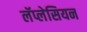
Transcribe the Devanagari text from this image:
लॅप्लेसियन